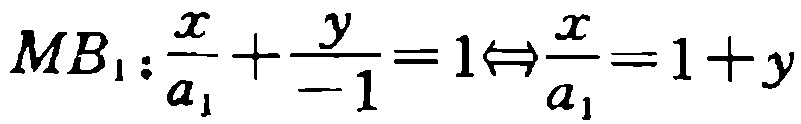
\[

MB_1:\frac{x}{a_1}+\frac{y}{-1}=1\Leftrightarrow\frac{x}{a_1}=1 + y

\]